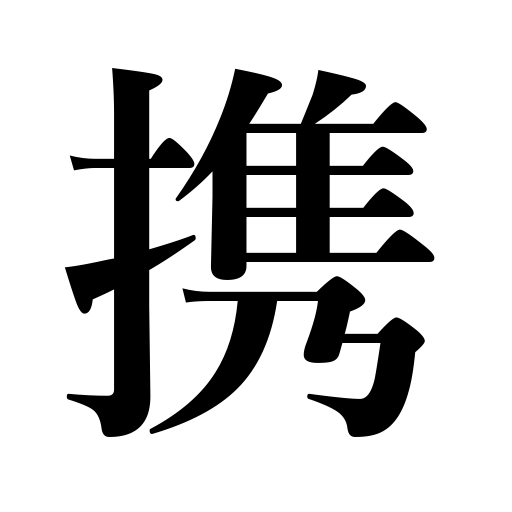
Meanings: be concerned in,carry along,be armed with,carry in the hand,bring someone along,participate in